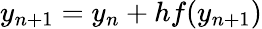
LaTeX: y_{n+1}=y_{n}+hf(y_{n+1})